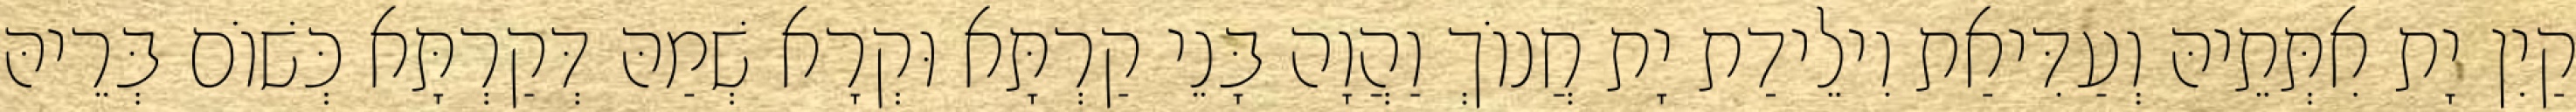
קַיִן יָת אִתְּתֵיהּ וְעַדִּיאַת וִילֵידַת יָת חֲנוֹךְ וַהֲוָה בָּנֵי קַרְתָּא וּקְרָא שְׁמַהּ דְּקַרְתָּא כְּשׁוֹם בְּרֵיהּ